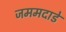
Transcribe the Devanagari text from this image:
जममदाडे